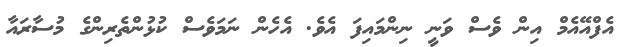
އެފްއޭއެމް އިން ވެސް ވަނީ ނިންމައިފަ އެވެ. އެހެން ނަމަވެސް ކުޅުންތެރިންގެ މުސާރައާ